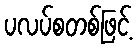
ပလပ်စတစ်ဖြင့်